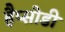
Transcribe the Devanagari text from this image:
हैप्सोडी